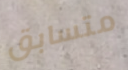
متسابق